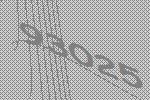
93025